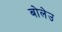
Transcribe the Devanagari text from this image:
बोलेउ